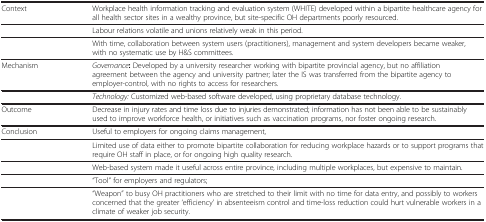
<table><thead><tr><td><b>Context</b></td><td><b>Workplace health information tracking and evaluation system (WHITE) developed within a bipartite healthcare agency for all health sector sites in a wealthy province, but site-specific OH departments poorly resourced.</b></td></tr></thead><tbody><tr><td>[EMPTY_CELL]</td><td>Labour relations volatile and unions relatively weak in this period.</td></tr><tr><td>[EMPTY_CELL]</td><td>With time, collaboration between system users (practitioners), management and system developers became weaker, with no systematic use by H&amp;S committees.</td></tr><tr><td>Mechanism</td><td><i>Governance</i><b>:</b> Developed by a university researcher working with bipartite provincial agency, but no affiliation agreement between the agency and university partner; later the IS was transferred from the bipartite agency to employer-control, with no rights to access for researchers.</td></tr><tr><td>[EMPTY_CELL]</td><td><i>Technology:</i> Customized web-based software developed, using proprietary database technology.</td></tr><tr><td>Outcome</td><td>Decrease in injury rates and time loss due to injuries demonstrated; information has not been able to be sustainably used to improve workforce health, or initiatives such as vaccination programs, nor foster ongoing research.</td></tr><tr><td>Conclusion</td><td>Useful to employers for ongoing claims management,</td></tr><tr><td>[EMPTY_CELL]</td><td>Limited use of data either to promote bipartite collaboration for reducing workplace hazards or to support programs that require OH staff in place, or for ongoing high quality research.</td></tr><tr><td>[EMPTY_CELL]</td><td>Web-based system made it useful across entire province, including multiple workplaces, but expensive to maintain.</td></tr><tr><td>[EMPTY_CELL]</td><td>“Tool” for employers and regulators;</td></tr><tr><td>[EMPTY_CELL]</td><td>“Weapon” to busy OH practitioners who are stretched to their limit with no time for data entry, and possibly to workers concerned that the greater ‘efficiency’ in absenteeism control and time-loss reduction could hurt vulnerable workers in a climate of weaker job security.</td></tr></tbody></table>